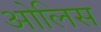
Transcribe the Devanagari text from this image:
ओलिस